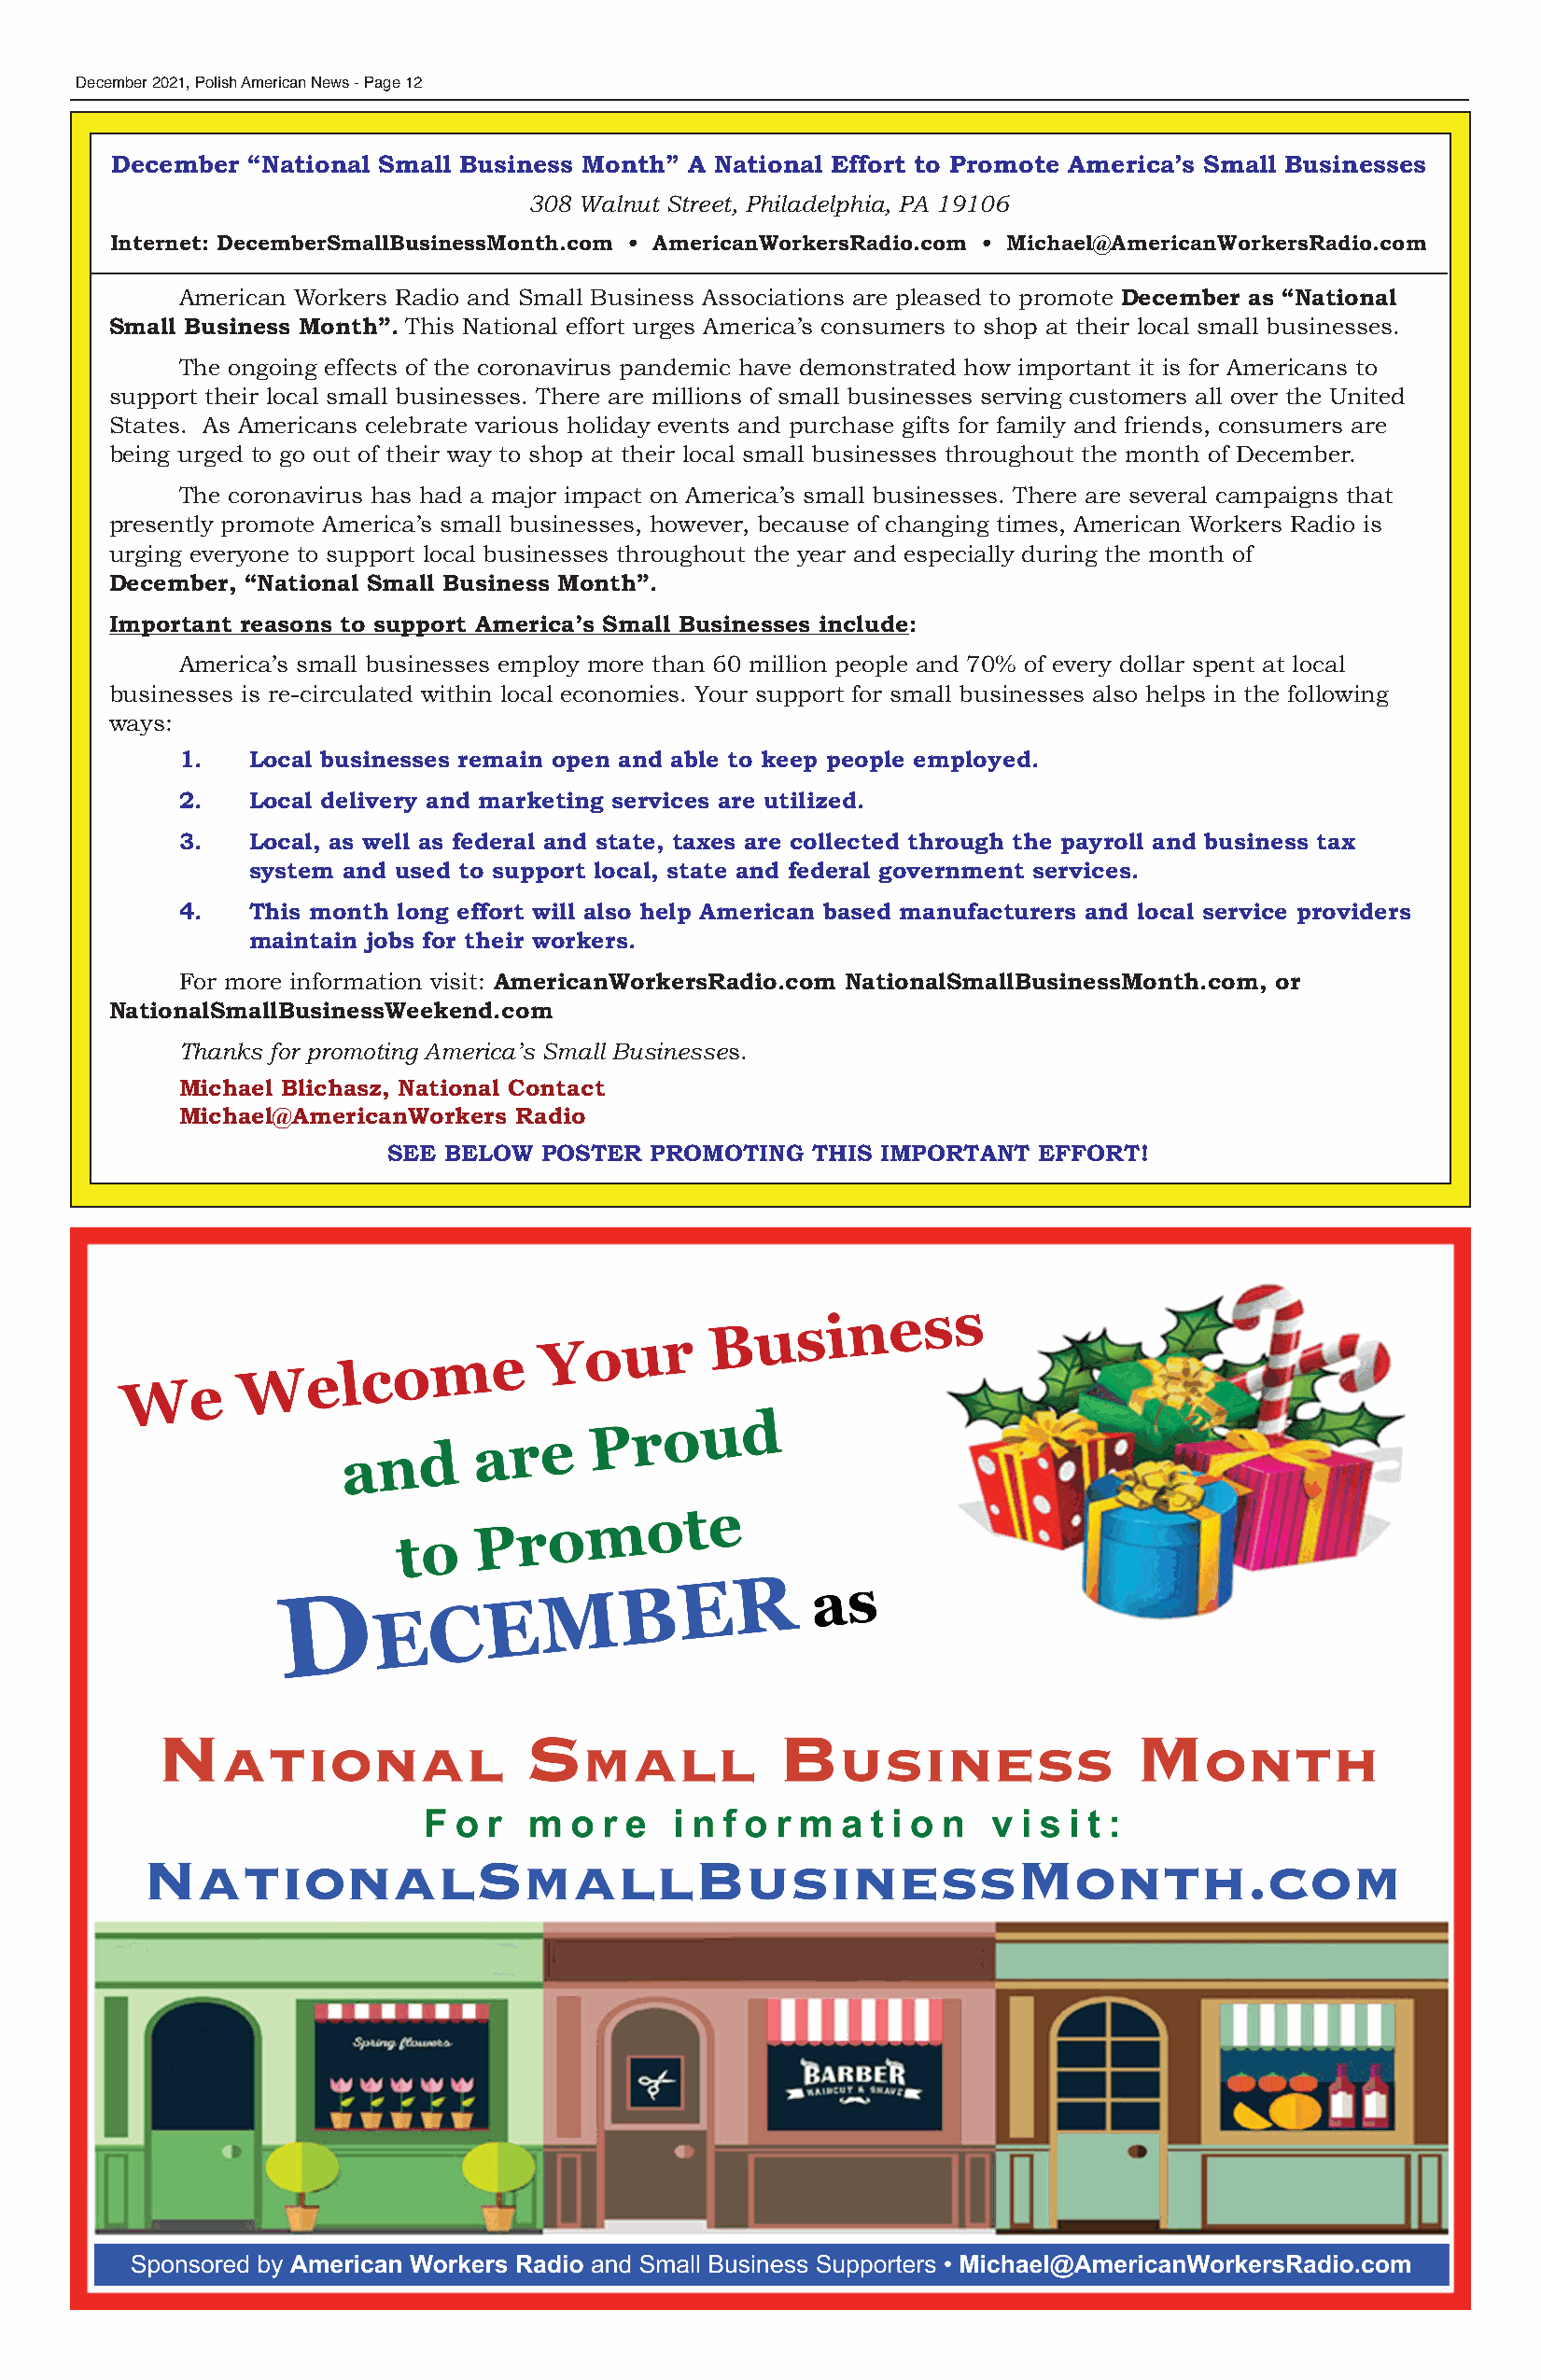
December 2021, Polish American News - Page 12
 December  “National Small Business Month” A National Effort to Promote America’s Small Businesses
 308 Walnut Street, Philadelphia, PA 19106
 Internet: DecemberSmallBusinessMonth.com • AmericanWorkersRadio.com • Michael@AmericanWorkersRadio.com
 American Workers Radio and Small Business Associations are pleased to promote December as “National
 Small Business Month”. This National effort urges America’s consumers to shop at their local small businesses.
 The ongoing effects of the coronavirus pandemic have demonstrated how important it is for Americans to
 support their local small businesses. There are millions of small businesses serving customers all over the United
 States. As Americans celebrate various holiday events and purchase gifts for family and friends, consumers are
 being urged to go out of their way to shop at their local small businesses throughout the month of December.
 The coronavirus has had a major impact on America’s small businesses. There are several campaigns that
 presently promote America’s small businesses, however, because of changing times, American Workers Radio is
 urging everyone to support local businesses throughout the year and especially during the month of
 December, “National Small Business Month”.
 Important reasons to support America’s Small Businesses include:
 America’s small businesses employ more than 60 million people and 70% of every dollar spent at local
 businesses is re-circulated within local economies. Your support for small businesses also helps in the following
 ways:
 1.   Local businesses remain open and able to keep people employed.
 2.   Local delivery and marketing services are utilized.
 3.   Local, as well as federal and state, taxes are collected through the payroll and business tax
 system and used to support local, state and federal government services.
 4.   This month long effort will also help American based manufacturers and local service providers
 maintain jobs for their workers.
 For more information visit: AmericanWorkersRadio.com NationalSmallBusinessMonth.com, or
 NationalSmallBusinessWeekend.com
 Thanks for promoting America’s Small Businesses.
 Michael Blichasz, National Contact
 Michael@AmericanWorkers Radio
 SEE  BELOW POSTER  PROMOTING   THIS IMPORTANT  EFFORT!